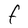
Character: F